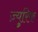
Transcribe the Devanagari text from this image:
ज़्युरिक